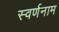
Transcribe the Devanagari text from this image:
स्वर्णनाम